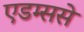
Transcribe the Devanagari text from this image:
एडम्ससे